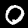
Label: 0